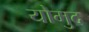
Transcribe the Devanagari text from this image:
योमुद